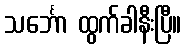
သင်္ဘော ထွက်ခါနီးပြီ။